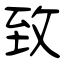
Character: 致